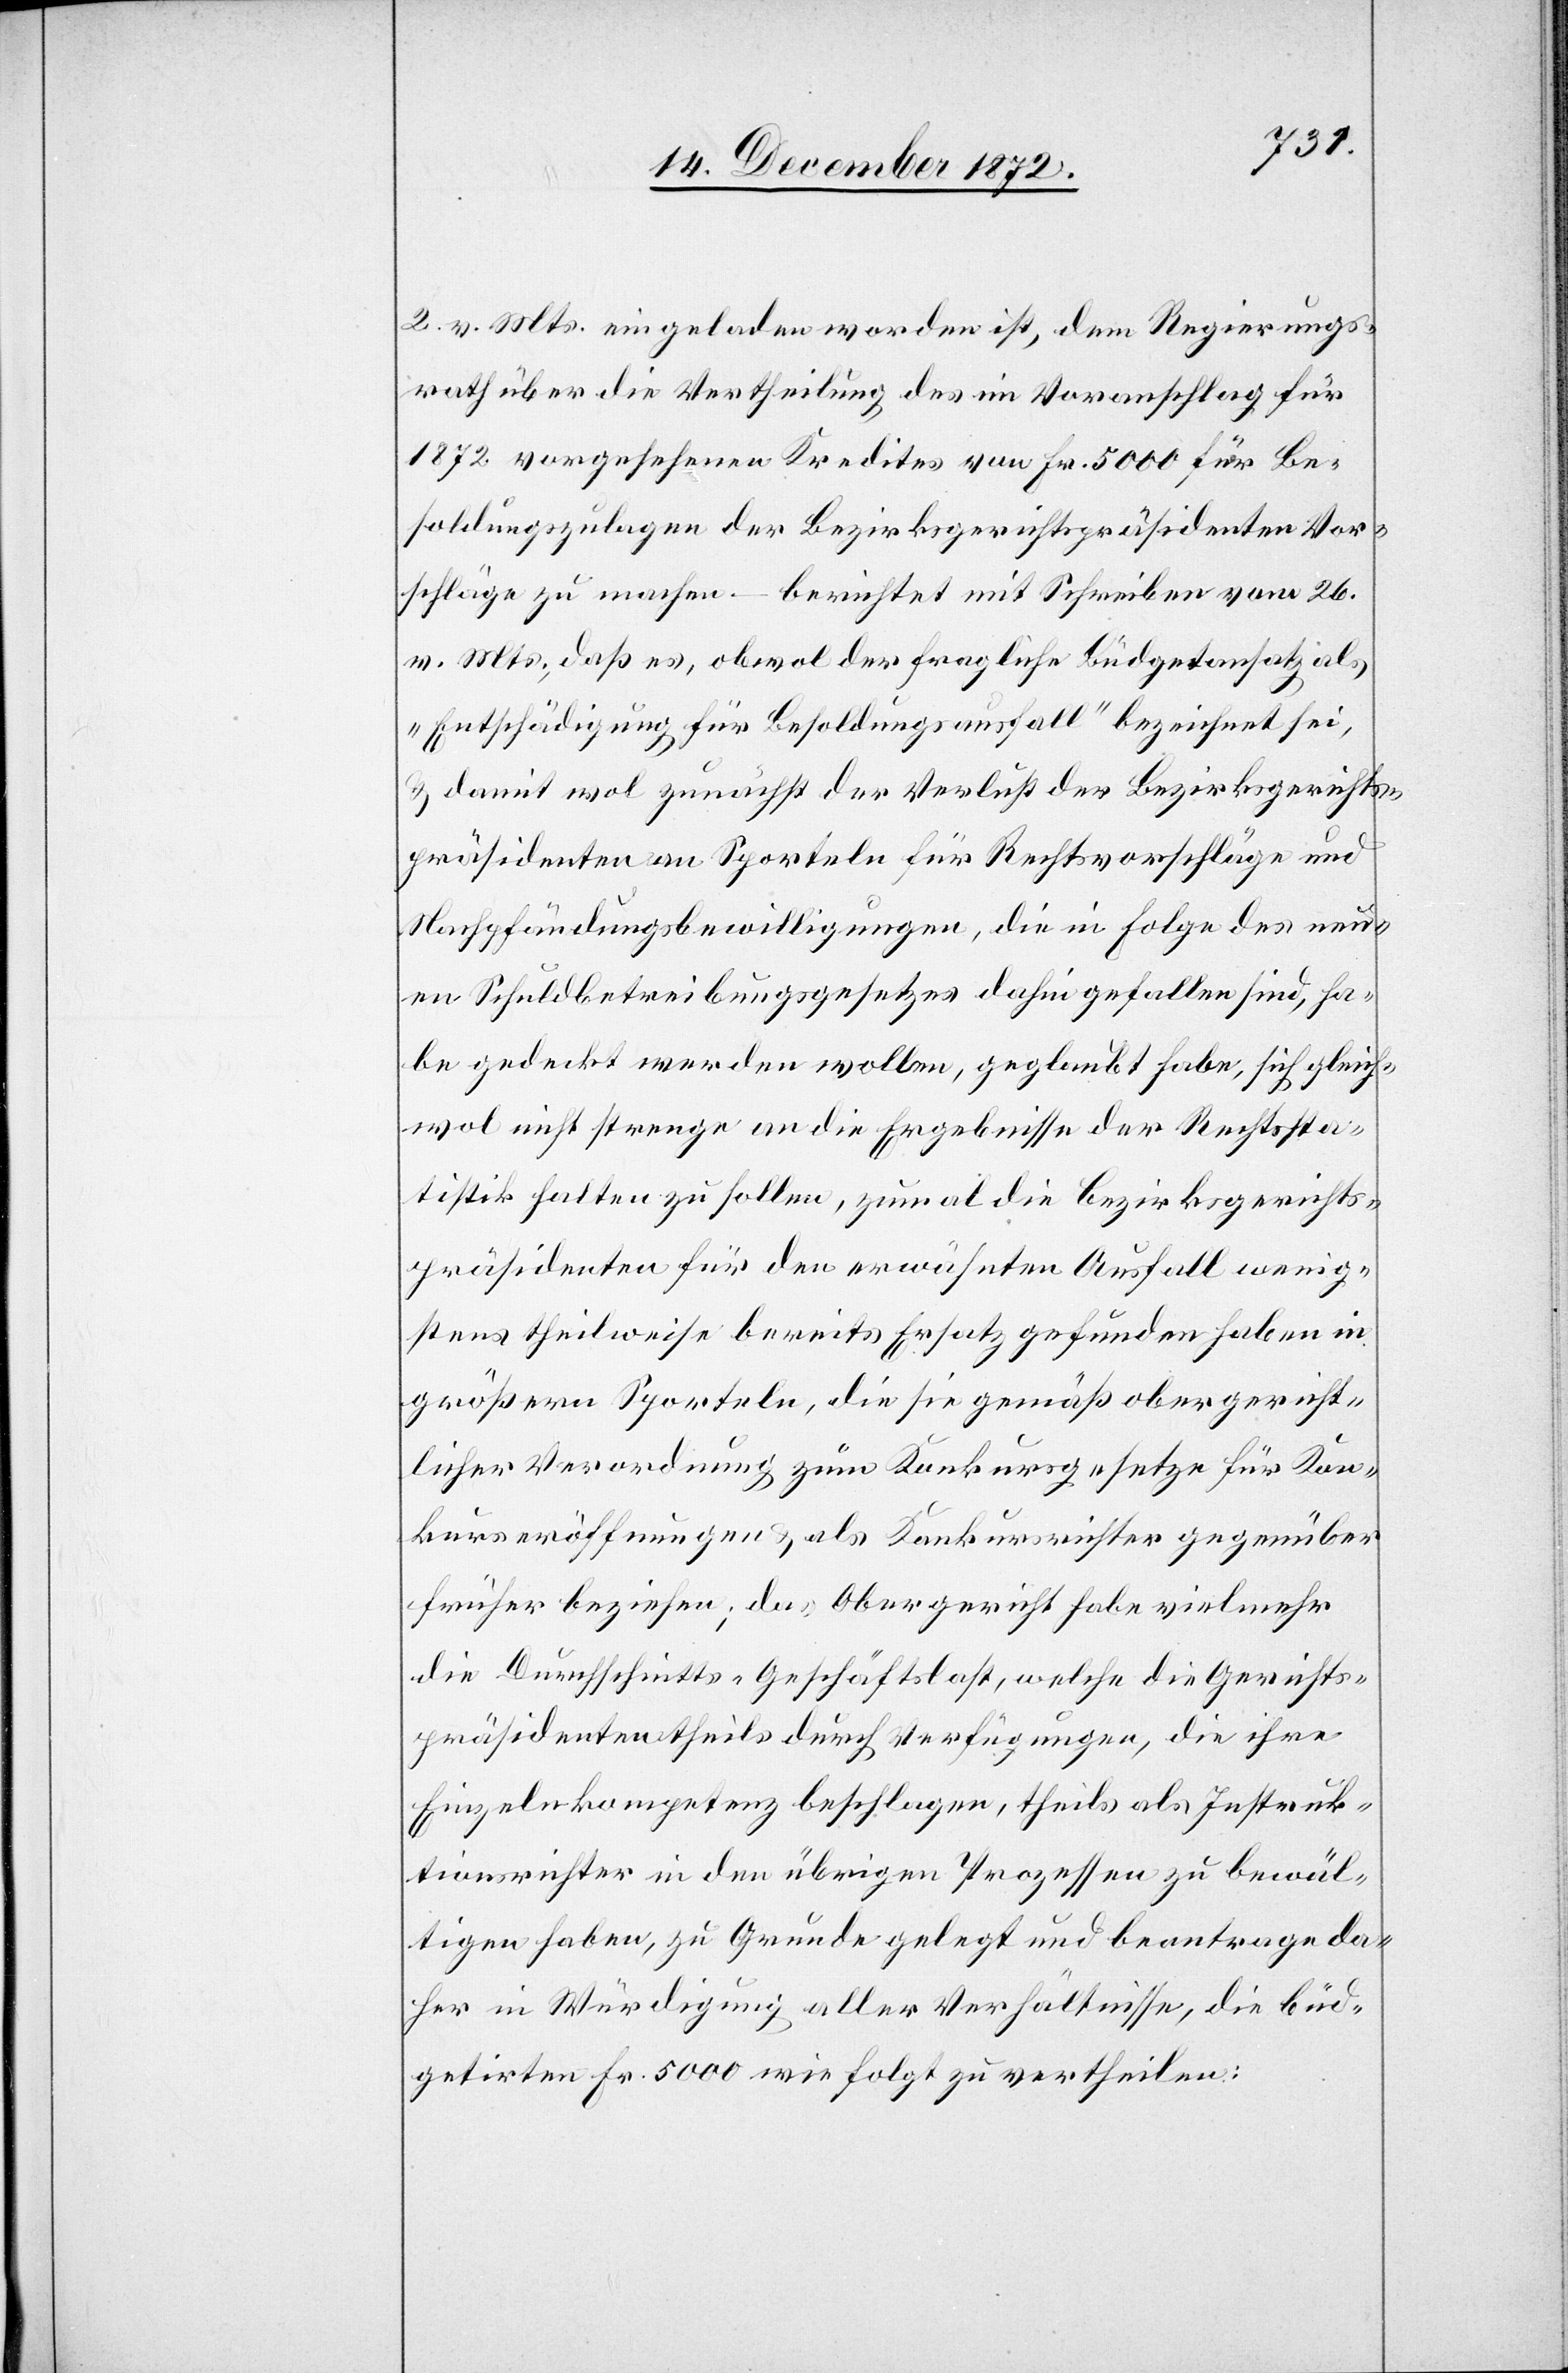
2. v. Mts. eingeladen worden ist, dem Regierungs¬
rath über die Vertheilung des im Voranschlag für
1872 vorgesehenen Kredites von Fr. 5000 für Be¬
soldungszulagen der Bezirksgerichtspräsidenten Vor¬
schläge zu machen – berichtet mit Schreiben vom 26.
v. Mts., daß es, obwol der fragliche Büdgetansatz als
„Entschädigung für Besoldungsausfall“ bezeichnet sei,
u. damit wol zunächst der Verlust der Bezirksgerichts¬
präsidenten an Sporteln für Rechtsvorschläge und
Nachpfändungsbewilligungen, die in Folge des neu¬
en Schuldbetreibungsgesetzes dahin gefallen sind, ha¬
be gedeckt werden wollen, geglaubt habe, sich gleich¬
wol nicht strenge an die Ergebnisse der Rechtssta¬
tistik halten zu sollen, zumal die Bezirksgerichts¬
präsidenten für den erwähnten Ausfall wenig¬
stens theilweise bereits Ersatz gefunden obergerich¬
tlicher Verordnung zum Konkursgesetze für Kon¬
kurseröffnungen u. als Konkursrichter gegenüber
früher beziehen; das Obergericht habe vielmehr
die Durchschnitts-Geschäftslast, welche die Gerichts¬
präsidenten theils durch Verfügungen, die ihre
Einzelkompetenz beschlagen, theils als Instruk¬
tionsrichter in den übrigen Prozessen zu bewäl¬
tigen haben, zu Grunde gelegt und beantrage da¬
her in Würdigung aller Verhältnisse, die büd¬
getirten Fr. 5000 wie folgt zu vertheilen: